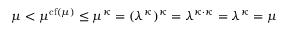
\mu < \mu ^ { \operatorname { c f } ( \mu ) } \leq \mu ^ { \kappa } = ( \lambda ^ { \kappa } ) ^ { \kappa } = \lambda ^ { \kappa \cdot \kappa } = \lambda ^ { \kappa } = \mu